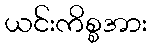
ယင်းကိစ္စအား